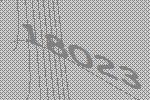
18023